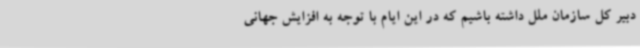
دبیر کل سازمان ملل داشته باشیم که در این ایام با توجه به افزایش جهانی